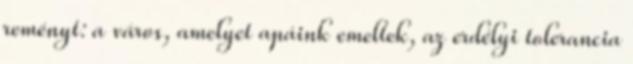
reményt: a város, amelyet apáink emeltek, az erdélyi tolerancia